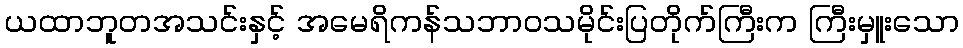
ယထာဘူတအသင်းနှင့် အမေရိကန်သဘာဝသမိုင်းပြတိုက်ကြီးက ကြီးမှူးသော